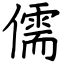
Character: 儒